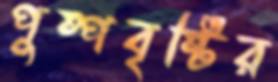
পুষ্পবৃষ্টির